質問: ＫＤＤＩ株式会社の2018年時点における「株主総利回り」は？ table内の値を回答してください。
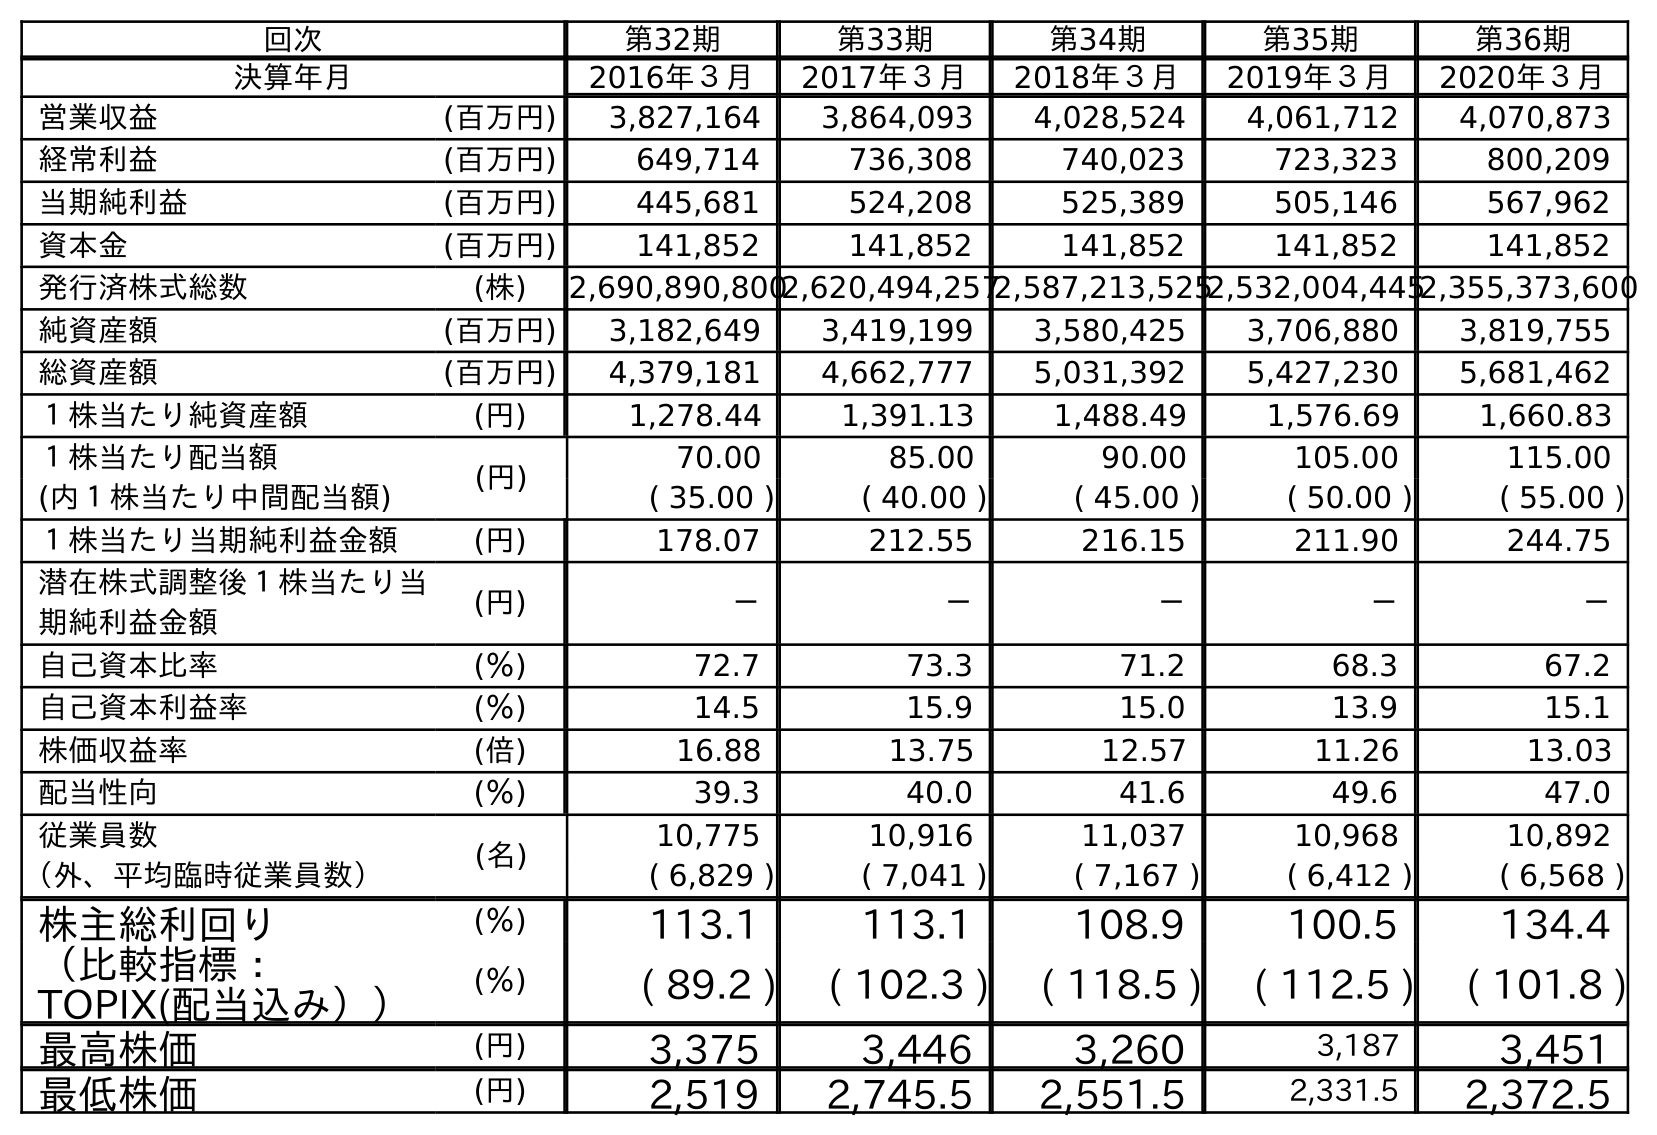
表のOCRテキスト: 回次 第32期 第33期 第34期 第35期 第36期 決算年月 2016年３月 2017年３月 2018年３月 2019年３月 2020年３月 営業収益 (百万円) 3,827,164 3,864,093 4,028,524 4,061,712 4,070,873 経常利益 (百万円) 649,714 736,308 740,023 723,323 800,209 当期純利益 (百万円) 445,681 524,208 525,389 505,146 567,962 資本金 (百万円) 141,852 141,852 141,852 141,852 141,852 発行済株式総数 (株) 2,690,890,8002,620,494,2572,587,213,5252,532,004,4452,355,373,600 純資産額 (百万円) 3,182,649 3,419,199 3,580,425 3,706,880 3,819,755 総資産額 (百万円) 4,379,181 4,662,777 5,031,392 5,427,230 5,681,462 １株当たり純資産額 (円) 1,278.44 1,391.13 1,488.49 1,576.69 1,660.83 １株当たり配当額 (円) 70.00 85.00 90.00 105.00 115.00 (内１株当たり中間配当額) ( 35.00 ) ( 40.00 ) ( 45.00 ) ( 50.00 ) ( 55.00 ) １株当たり当期純利益金額 (円) 178.07 212.55 216.15 211.90 244.75 潜在株式調整後１株当たり当 期純利益金額 (円) － － － － － 自己資本比率 (％) 72.7 73.3 71.2 68.3 67.2 自己資本利益率 (％) 14.5 15.9 15.0 13.9 15.1 株価収益率 (倍) 16.88 13.75 12.57 11.26 13.03 配当性向 (％) 39.3 40.0 41.6 49.6 47.0 従業員数 (名) 10,775 10,916 11,037 10,968 10,892 （外、平均臨時従業員数） ( 6,829 ) ( 7,041 ) ( 7,167 ) ( 6,412 ) ( 6,568 ) 株主総利回り (％) 113.1 113.1 108.9 100.5 134.4 （比較指標： TOPIX(配当込み）） (％) ( 89.2 ) ( 102.3 ) ( 118.5 ) ( 112.5 ) ( 101.8 ) 最高株価 (円) 3,375 3,446 3,260 3,187 3,451 最低株価 (円) 2,519 2,745.5 2,551.5 2,331.5 2,372.5
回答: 108.9